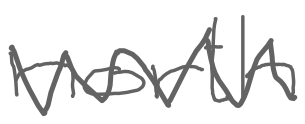
Text: north
Cross-out: mix
Writing tool: digital_gray